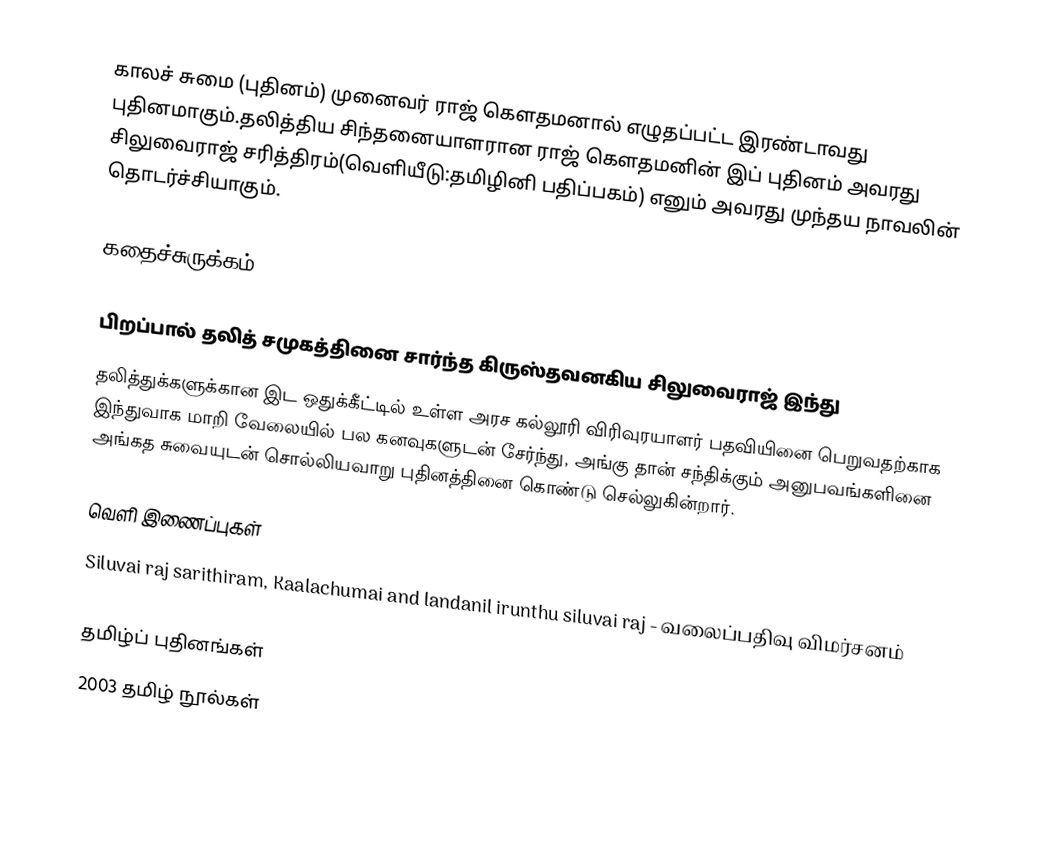
காலச் சுமை (புதினம்) முனைவர் ராஜ் கௌதமனால் எழுதப்பட்ட இரண்டாவது புதினமாகும்.தலித்திய சிந்தனையாளரான ராஜ் கௌதமனின் இப் புதினம் அவரது  சிலுவைராஜ் சரித்திரம்(வெளியீடு:தமிழினி பதிப்பகம்) எனும் அவரது முந்தய நாவலின் தொடர்ச்சியாகும்.

கதைச்சுருக்கம்

பிறப்பால் தலித் சமுகத்தினை சார்ந்த கிருஸ்தவனகிய சிலுவைராஜ் இந்து
தலித்துக்களுக்கான இட ஒதுக்கீட்டில் உள்ள அரச கல்லூரி விரிவுரயாளர் பதவியினை பெறுவதற்காக இந்துவாக மாறி  வேலையில் பல கனவுகளுடன் சேர்ந்து, அங்கு தான் சந்திக்கும் அனுபவங்களினை அங்கத சுவையுடன் சொல்லியவாறு புதினத்தினை கொண்டு செல்லுகின்றார்.

வெளி இணைப்புகள்
 Siluvai raj sarithiram, Kaalachumai and landanil irunthu siluvai raj - வலைப்பதிவு விமர்சனம்

தமிழ்ப் புதினங்கள்
2003 தமிழ் நூல்கள்